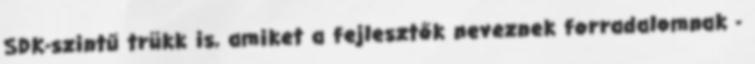
SDK-szintű trükk is, amiket a fejlesztők neveznek forradalomnak -